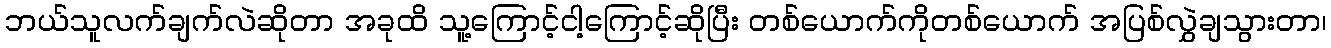
ဘယ်သူလက်ချက်လဲဆိုတာ အခုထိ သူ့ကြောင့်ငါ့ကြောင့်ဆိုပြီး တစ်ယောက်ကိုတစ်ယောက် အပြစ်လွှဲချသွားတာ၊